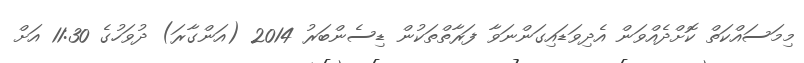
މިމަސައްކަތް ކޮށްދެއްވަން އެދިވަޑައިގަންނަވާ ފަރާތްތަކުން ޑިސެންބަރު 2014 (އަންގާރަ) ދުވަހުގެ 11:30 އަށް